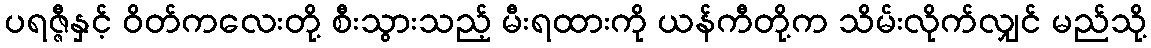
ပရဇ္ဇီနှင့် ဝိတ်ကလေးတို့ စီးသွားသည့် မီးရထားကို ယန်ကီတို့က သိမ်းလိုက်လျှင် မည်သို့